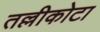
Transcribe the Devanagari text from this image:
तल्लीकोटा